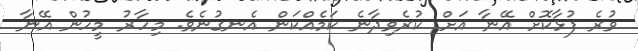
ވުރެ ފުޅާކޮށް އޭނާ އަށް ކުރެވިދާނެ ކަމެއްކަން އެނގުނެވެ. މިހާރު މީހުން އޭނާ